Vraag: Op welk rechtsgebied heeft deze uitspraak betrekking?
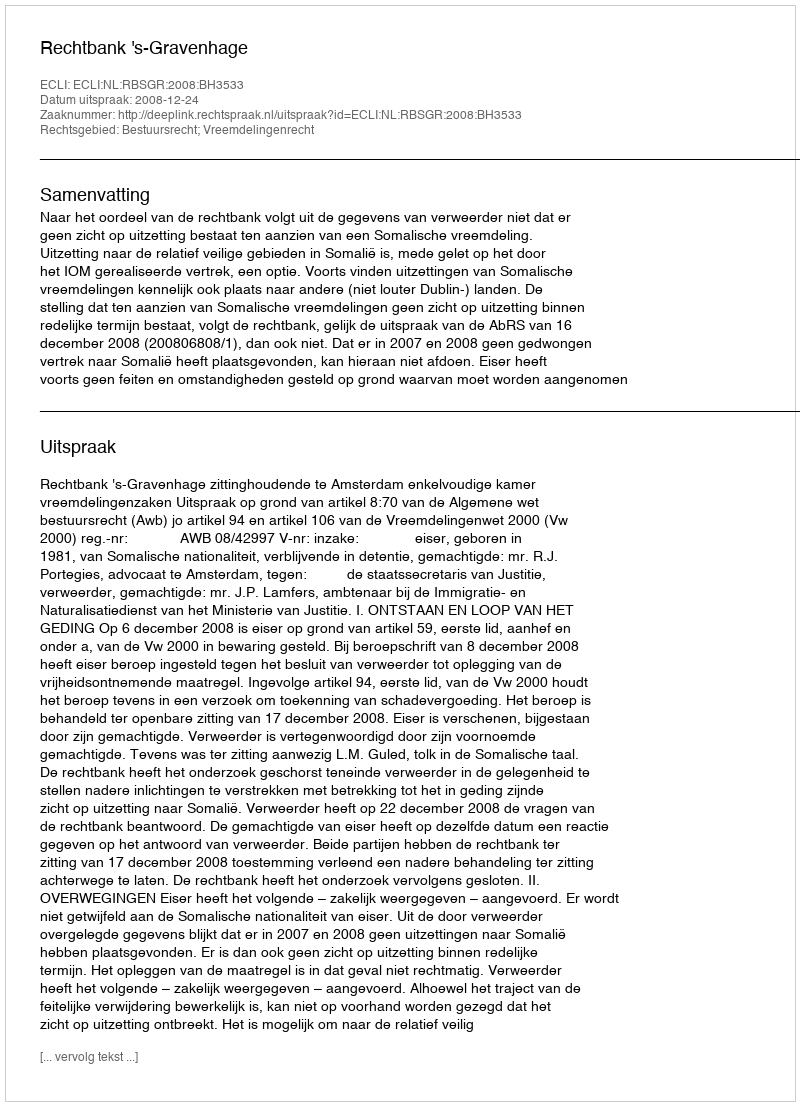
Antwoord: Bestuursrecht; Vreemdelingenrecht